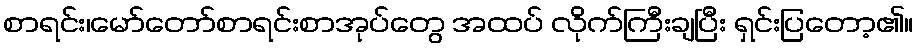
စာရင်း၊မော်တော်စာရင်းစာအုပ်တွေ အထပ် လိုက်ကြီးချပြီး ရှင်းပြတော့၏။